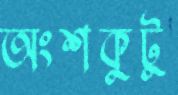
অংশকুটু